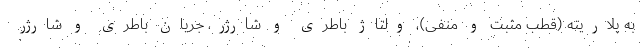
به پلاریته (قطب مثبت و منفی)، ولتاژ باطری و شارژر، جریان باطری و شارژر